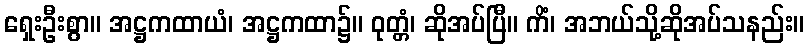
ရှေးဦးစွာ။ အဋ္ဌကထာယံ၊ အဋ္ဌကထာ၌။ ဝုတ္တံ၊ ဆိုအပ်ပြီ။ ကိံ၊ အဘယ်သို့ဆိုအပ်သနည်း။